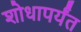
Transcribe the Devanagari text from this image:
शोधापर्यंत